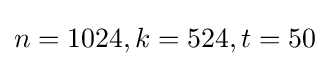
n=1024,k=524,t=50